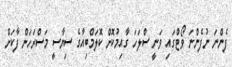
ފެންނަ ނުފެންނަ ވޯޓްގައި ވަނީ ސްލަހަ ގާއިމުކޮށް ކޮލަމްބިއާގެ ސިޔާސީ މަސްރަހަށް ފާކަށް